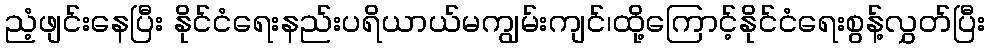
ညံ့ဖျင်းနေပြီး နိုင်ငံရေးနည်းပရိယာယ်မကျွမ်းကျင်၊ထို့ကြောင့်နိုင်ငံရေးစွန့်လွှတ်ပြီး